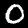
Label: 0